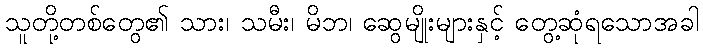
သူတို့တစ်တွေ၏ သား၊ သမီး၊ မိဘ၊ ဆွေမျိုးများနှင့် တွေ့ဆုံရသောအခါ